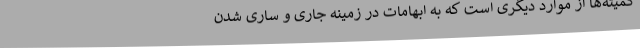
کمیته‌ها از موارد دیگری است که به ابهامات در زمینه جاری و ساری شدن